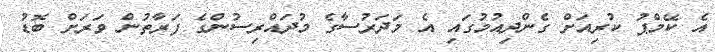
އެ ކޭމްޕު ކުރިއަށް ގެންދިއުމުގައި އެ މަދަރުސާގެ މުދައްރިސުންގެ ފަރާތުން ވަރަށް ބޮޑު